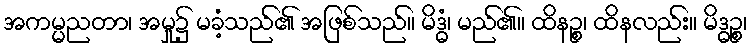
အကမ္မညတာ၊ အမှု၌ မခံ့သည်၏ အဖြစ်သည်။ မိဒ္ဓံ၊ မည်၏။ ထိနဉ္စ၊ ထိနလည်း။ မိဒ္ဓဉ္စ၊